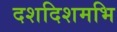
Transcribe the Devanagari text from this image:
दशदिशमभि